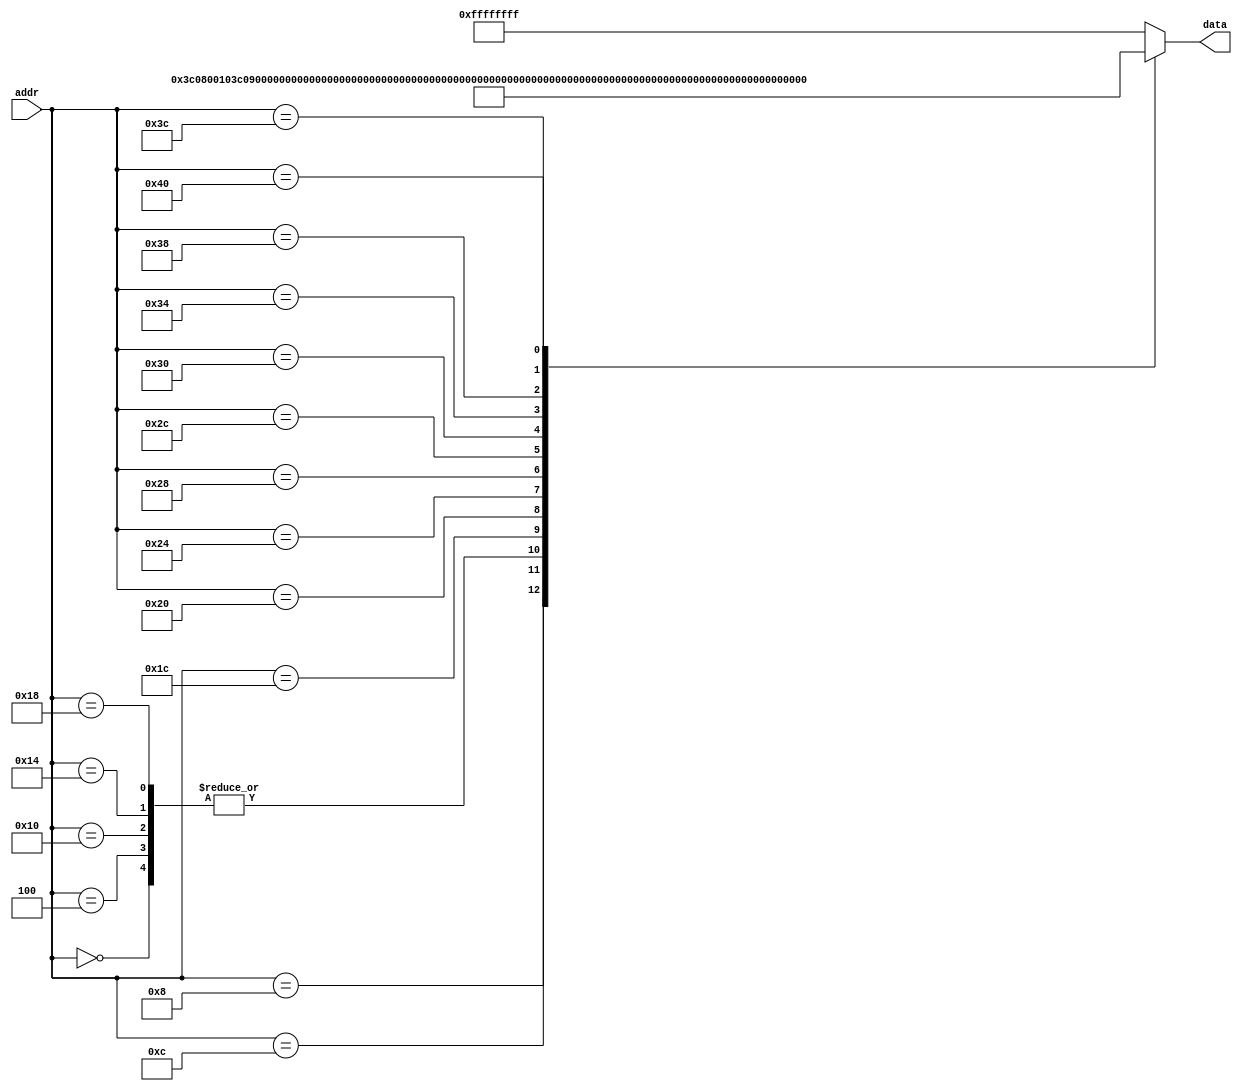
//================================================
//  University  : UIT - www.uit.edu.vn
//  Course name : System-on-Chip Design
//  Lab name    : lab3
//  Version     : 1.0
//-------------------------------------------------
// Modification History
//
//================================================
module rom(
//input
addr,
//output
data
);

input [31:0] addr;
output [31:0] data;

reg [31:0] data;
`define ADD 6'b100000
`define SUB 6'b100010
`define OP_0 6'h0
`define LW 6'b100011
//
//reg [31:0] mem [0:1023];
//assign data = mem[addr];
//op-6bit|rd-5bit|rt-5bit|rs-5bit|shamt-5bit|function-6bit|
//ADD R3,R2,R1;
//SUB R4,R3,R7;
//LW  R8,4(R3);

always @(*) begin
    case(addr)
    32'h00000000: data = 32'b00000000000000000000000000000000; //DO NOTHING
    32'h00000004: data = 32'b00000000000000000000000000000000; //DO NOTHING
    32'h00000008: data = 32'b00111100000010000000000000010000; //lui t0 0x10        //0x3C080010
    32'h0000000c: data = 32'b00111100000010010000000000100000; //lui t1 0x20        //0x3C090020
    32'h00000010: data = 32'b00000000000000000000000000000000; //DO NOTHING
    32'h00000014: data = 32'b00000000000000000000000000000000; //DO NOTHING
    32'h00000018: data = 32'b00000000000000000000000000000000; //DO NOTHING
    32'h0000001c: data = 32'b00000001001010000101000000100000; //add t2 t1 t0       //0x01285020
    32'h00000020: data = 32'b00000001001010000101100000100100; //and t3 t1 t0       //0x01285824
    32'h00000024: data = 32'b00000001001010000110000000100101; //or t4 t1 t0        //0x01286025
    32'h00000028: data = 32'b00000001001010000110100000100010; //sub t5 t1 t0       //0x01286822
    32'h0000002c: data = 32'b00000001000010010111000000101010; //slt t6 t0 t1       //0x0109702A
    32'h00000030: data = 32'b00010001000010010000000000000000; //beq t0 t1 0x0      //0x11090000
    32'h00000034: data = 32'b10101101011011000000000000000001; //sw t4 0x1 ($t3)    //0xAD6C0001
    32'h00000038: data = 32'b00100001001000000000000000100000; //addi r0 t1 0x20    //0x21200020
    32'h0000003c: data = 32'b10001101011011110000000000000001; //lw t7 0x1 ($t3)    //0x8D6F0001
    32'h00000040: data = 32'b00010001100010100000000000000000; //beq t4 t2 0x0      //0x118A0000
//    32'h00000040: data = 32'b00000000000000000000000000000000; //DO NOTHING
//    32'h00000044: data = 32'b00000000000000000000000000000000; //DO NOTHING
//    32'h00000048: data = 32'b00000000000000000000000000000000; //DO NOTHING
//    32'h0000004c: data = 32'b00000000000000000000000000000000; //DO NOTHING
//    32'h00000050: data = 32'b00000000000000000000000000000000; //DO NOTHING
    
    //insert your instructions here
    default: data = 32'hFFFF_FFFF;
    endcase

end

endmodule